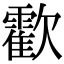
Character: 㱋